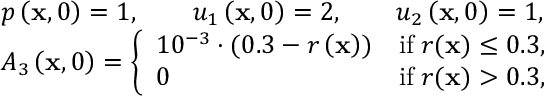
\begin{array} { r l } & { p \left( \mathbf { x } , 0 \right) = 1 , \qquad u _ { 1 } \left( \mathbf { x } , 0 \right) = 2 , \qquad u _ { 2 } \left( \mathbf { x } , 0 \right) = 1 , } \\ & { A _ { 3 } \left( \mathbf { x } , 0 \right) = \left\lbrace \begin{array} { l c } { 1 0 ^ { - 3 } \cdot ( 0 . 3 - r \left( \mathbf { x } \right) ) } & { \mathrm { i f } \; r ( \mathbf { x } ) \le 0 . 3 , } \\ { 0 } & { \mathrm { i f } \; r ( \mathbf { x } ) > 0 . 3 , } \end{array} \right. } \end{array}